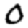
Digit: 0